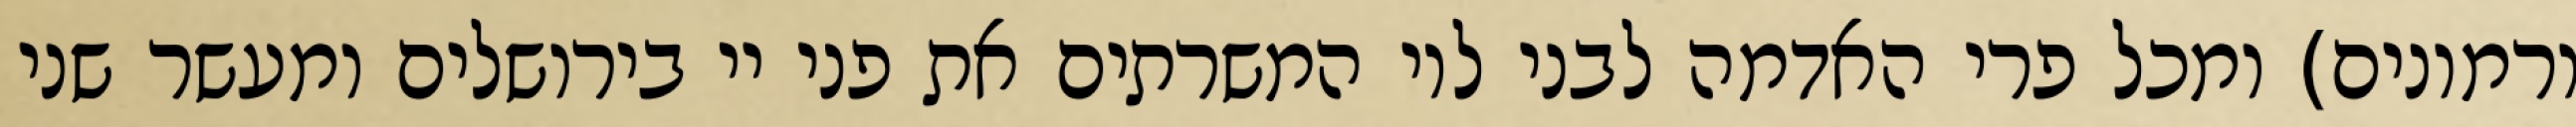
ורמונים) ומכל פרי האדמה לבני לוי המשרתים את פני יי בירושלים ומעשר שני